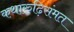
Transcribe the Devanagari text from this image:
कथारुढ़िसंमत